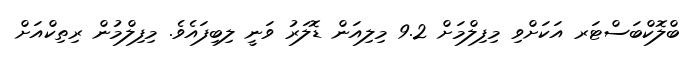
ބްލޮކްބަސްޓަރ އަކަށްވި މިފިލްމަށް 9.2 މިލިއަން ޑޮލަރު ވަނީ ލިބިފައެވެ. މިފިލްމުން ރިތިކްއަށް